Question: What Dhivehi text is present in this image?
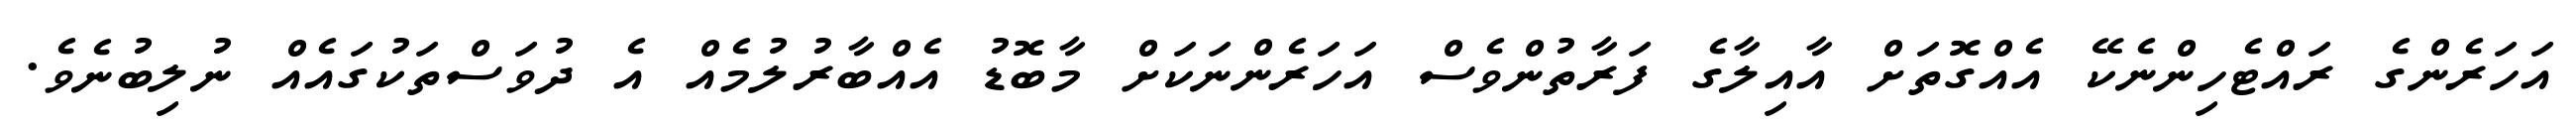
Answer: އަހަރެންގެ ރައްޓެހިންނެކޭ އެއްގޮތަށް އާއިލާގެ ފަރާތުންވެސް އަހަރެންނަކަށް މާބޮޑު އެއްބާރުލުމެއް އެ ދުވަސްތަކުގައެއް ނުލިބުނެވެ.